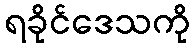
ရခိုင်ဒေသကို